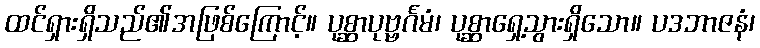
ထင်ရှားရှိသည်၏အဖြစ်ကြောင့်။ ပုစ္ဆာပုဗ္ဗင်္ဂမံ၊ ပုစ္ဆာရှေ့သွားရှိသော။ ပဒဘာဇနံ၊